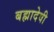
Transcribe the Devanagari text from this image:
बह्मादेवी